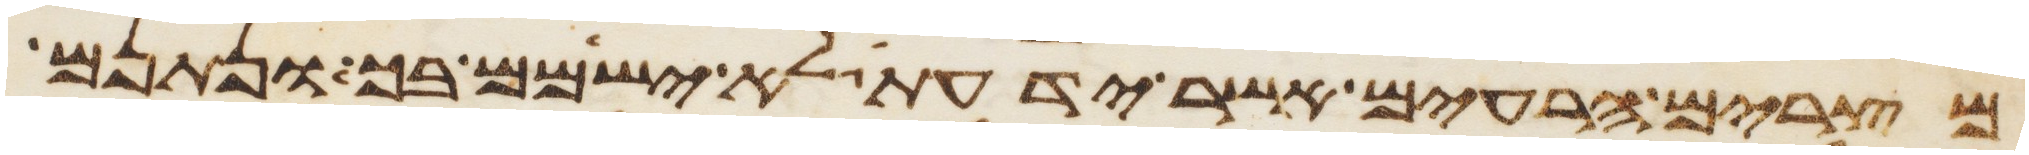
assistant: מצרים הרעים אשר ידעת לא ישימם בך ונתנם